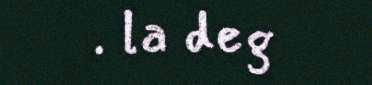
. la deg